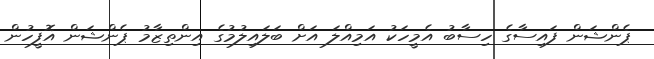
ޕެންޝަން ފައިސާގެ ހިސާބު އެމީހަކު އަމިއްލަ އަށް ބަލައިލުމުގެ އިންތިޒާމު ޕެންޝަން އޮފީހުން